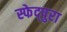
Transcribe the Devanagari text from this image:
स्फेद्पुरा